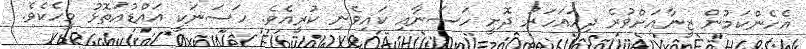
އެހެންކަމުން ޒީނާއަށްވުރެ ދިހައަހަރު ދޮށީ ހަސަނާއި ކައިވެނި ކުރީއެވެ. ހަސަނަކީ އައްޑުއަތޮޅު މީހެކެވެ.